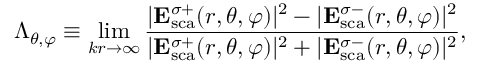
\Lambda _ { \theta , \varphi } \equiv \operatorname* { l i m } _ { k r \rightarrow \infty } \frac { | \mathbf { E } _ { \mathrm { { s c a } } } ^ { \sigma + } ( r , \theta , \varphi ) | ^ { 2 } - | \mathbf { E } _ { \mathrm { s c a } } ^ { \sigma - } ( r , \theta , \varphi ) | ^ { 2 } } { | \mathbf { E } _ { \mathrm { { s c a } } } ^ { \sigma + } ( r , \theta , \varphi ) | ^ { 2 } + | \mathbf { E } _ { \mathrm { s c a } } ^ { \sigma - } ( r , \theta , \varphi ) | ^ { 2 } } ,